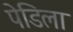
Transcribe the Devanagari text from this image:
पेडिला